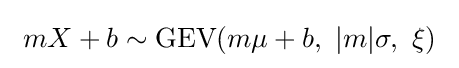
\ mX+b\sim {\textrm {GEV}}(m\mu +b,\ |m|\sigma ,\ \xi )\